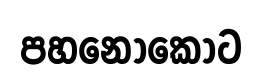
පහනොකොට